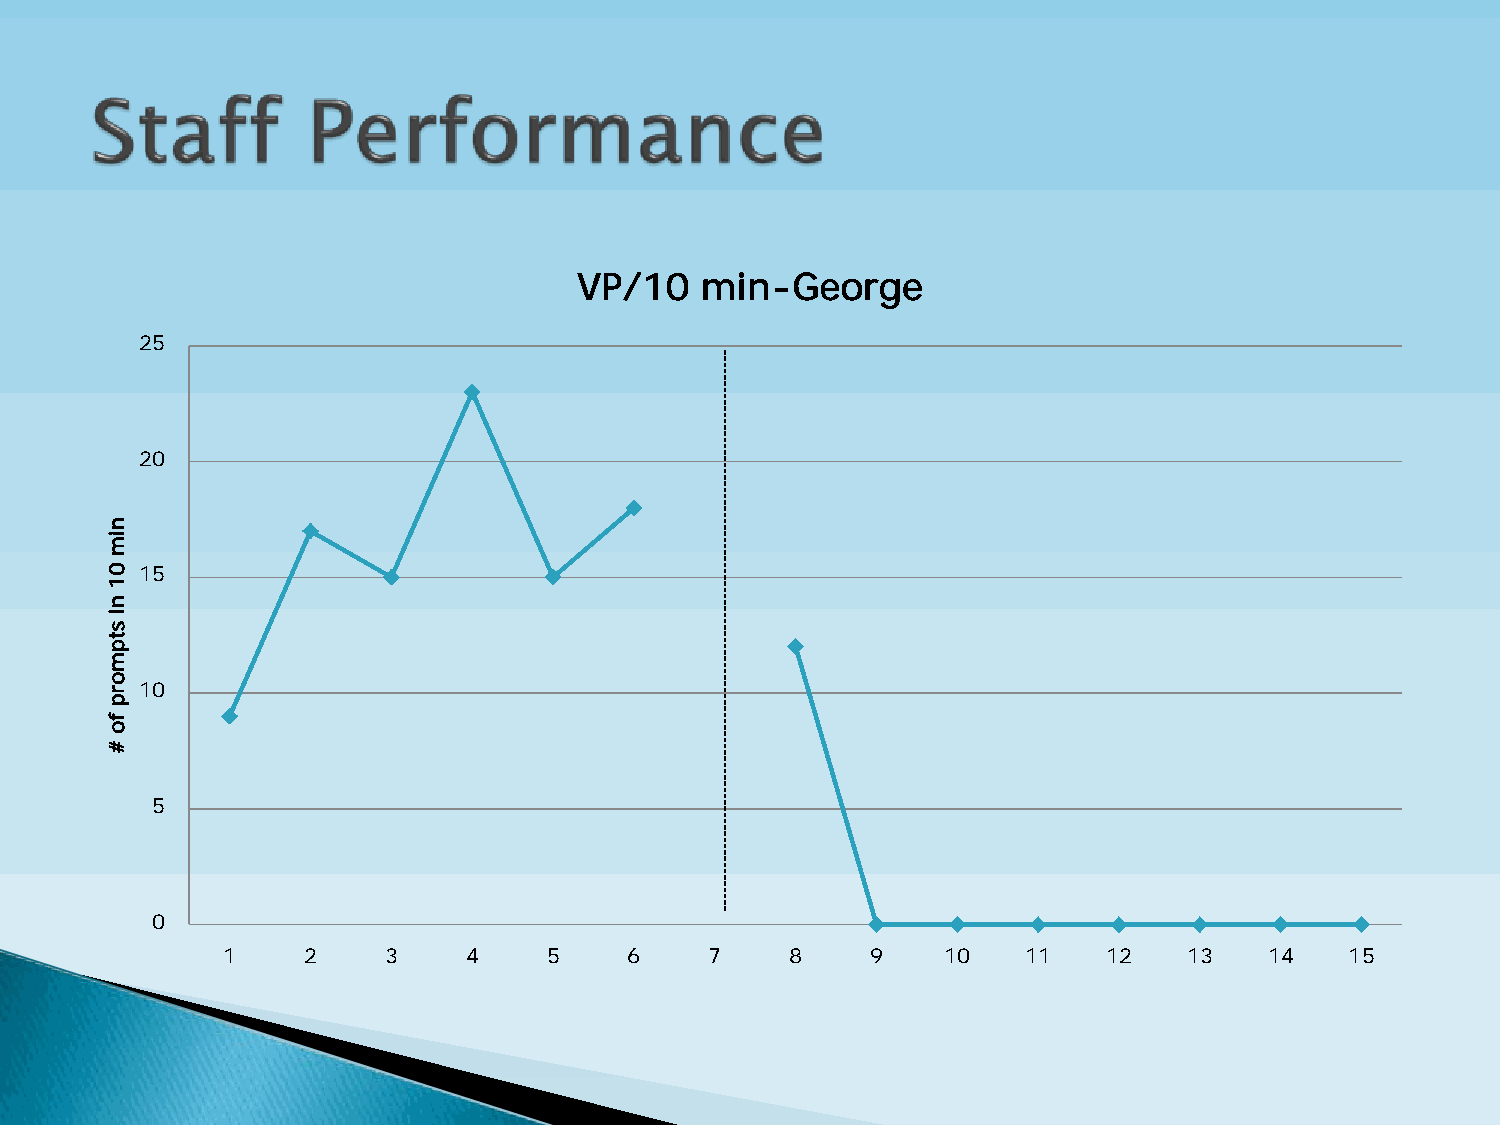
VP/10   min-George
 25
 20
 15
 10
 5
 0
 1    2    3     4    5     6    7    8     9    10   11   12    13   14   15
 nim
 01
 ni
 stpmorp
 fo
 #